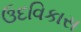
ઉદવિકાસ